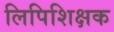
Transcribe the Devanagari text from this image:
लिपिशिक्षक